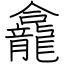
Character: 龕